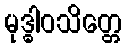
မုဒ္ဓါဝသိတ္တေ